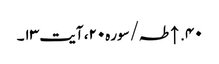
۴۰. ↑ طہ/سوره۲۰، آیت ۱۳۔